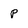
Character: p